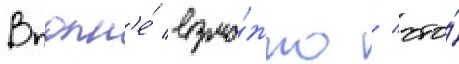
Вполн'е́ возмо́жно / что́